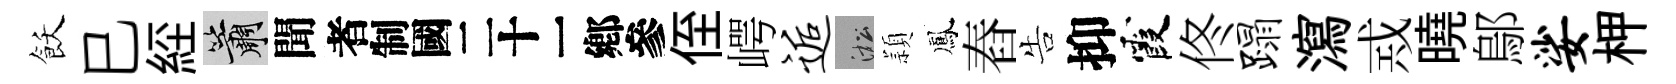
飫巳𦀇簫聞识侄崿逅淞頴鳳舂告抑霞佟蹋瀉𢦶曉鄔娑柙